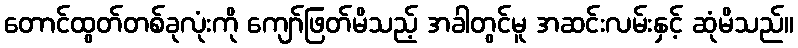
တောင်ထွတ်တစ်ခုလုံးကို ကျော်ဖြတ်မိသည့် အခါတွင်မူ အဆင်းလမ်းနှင့် ဆုံမိသည်။